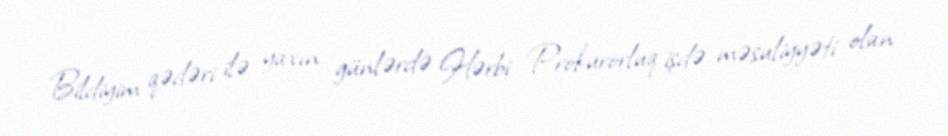
Bildiyim qədəri ilə yaxın günlərdə Hərbi Prokurorluq işdə məsuliyyəti olan